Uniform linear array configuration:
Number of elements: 64
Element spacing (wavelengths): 1
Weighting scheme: blackman
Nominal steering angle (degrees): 60
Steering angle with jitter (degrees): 58.921
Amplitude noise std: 0.05
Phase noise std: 0.05

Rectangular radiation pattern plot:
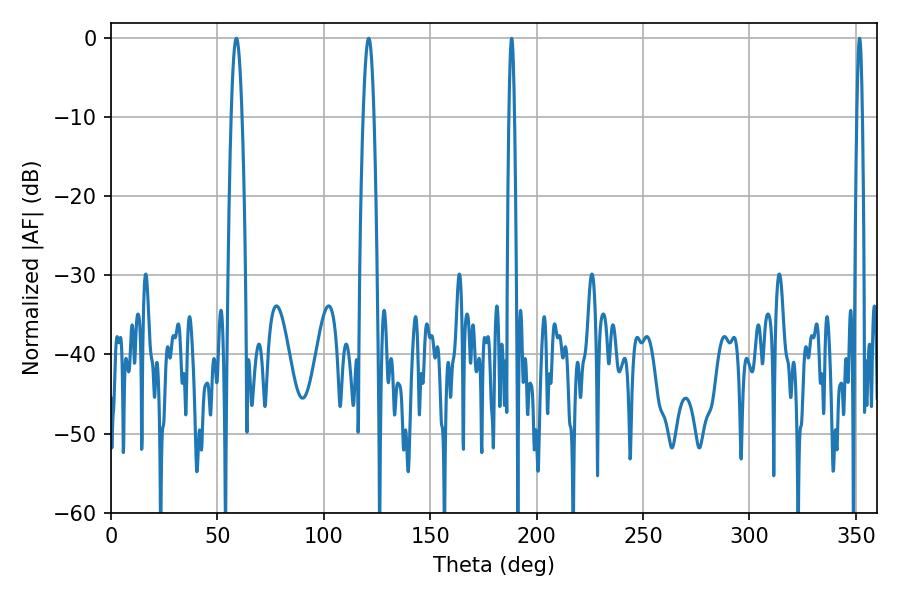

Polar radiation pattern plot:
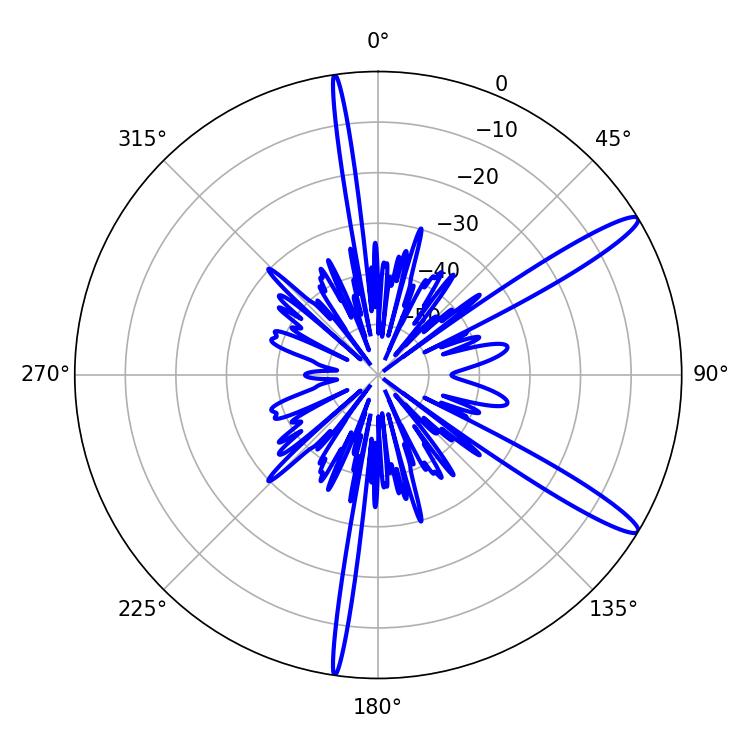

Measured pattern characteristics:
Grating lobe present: TRUE
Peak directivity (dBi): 13.801
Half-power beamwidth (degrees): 1.44
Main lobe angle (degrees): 188.28